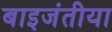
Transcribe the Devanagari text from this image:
बाइजंतीया